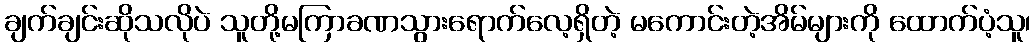
ချက်ချင်းဆိုသလိုပဲ သူတို့မကြာခဏသွားရောက်လေ့ရှိတဲ့ မကောင်းတဲ့အိမ်များကို ထောက်ပံ့သူ၊